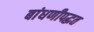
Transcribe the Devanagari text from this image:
बांधणीपद्धत